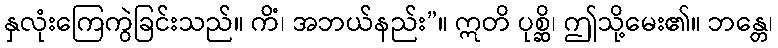
နှလုံးကြေကွဲခြင်းသည်။ ကိံ၊ အဘယ်နည်း”။ ဣတိ ပုစ္ဆိ၊ ဤသို့မေး၏။ ဘန္တေ၊